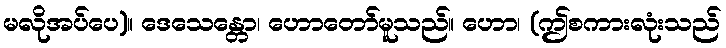
မလိုအပ်ပေ)။ ဒေသေန္တော၊ ဟောတော်မူသည်။ ဟော၊ (ဤစကားလုံးသည်